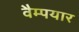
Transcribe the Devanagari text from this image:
वैम्पयार